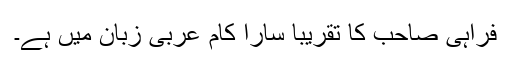
فراہی صاحب کا تقریباً سارا کام عربی زبان میں ہے۔